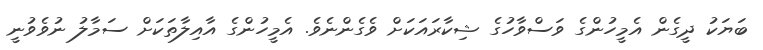
ބަޔަކު ދީގެން އެމީހުންގެ ވަސްވާހުގެ ޝިކާރައަކަށް ވެގެންނެވެ. އެމީހުންގެ އާއިލާތަކަށް ސަމާލު ނުވެވުނީ